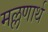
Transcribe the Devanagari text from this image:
मल्लणार्थ